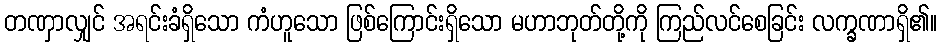
တဏှာလျှင် အရင်းခံရှိသော ကံဟူသော ဖြစ်ကြောင်းရှိသော မဟာဘုတ်တို့ကို ကြည်လင်စေခြင်း လက္ခဏာရှိ၏။